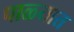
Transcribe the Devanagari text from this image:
पाळ्यात